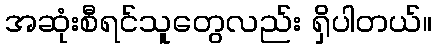
အဆုံးစီရင်သူတွေလည်း ရှိပါတယ်။